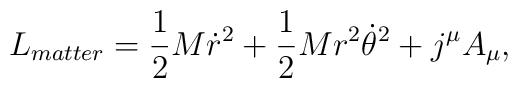
L_{matter}={1\over 2}M\dot{r}^2+{1\over2}Mr^2{\dot\theta}^2 +j^\mu A_\mu,